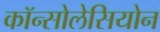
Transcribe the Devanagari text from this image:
कॉन्सोलेसियोन